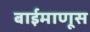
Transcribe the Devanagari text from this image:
बाईमाणूस